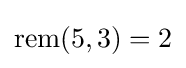
\mathrm {rem} (5,3)=2